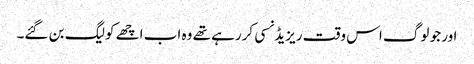
اور جو لوگ اس وقت ریزیڈنسی کررہے تھے وہ اب اچھے کولیگ بن گئے۔